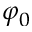
\varphi _ { 0 }